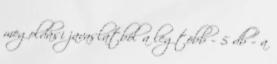
megoldási javaslatból a legtöbb – 5 db – a